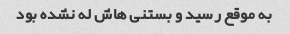
به موقع رسید و بستنی هاش له نشده بود